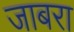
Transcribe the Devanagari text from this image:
जाबरा